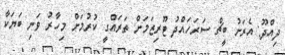
ދިއްދޫ: އެރަށު ބީޗް ސަރަހައްދު ޓޫރިޒަމަށް ތަރައްގީ ކުރުމަށް މިހާރު ވަނި ބަޔަކާ